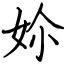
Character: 㚷